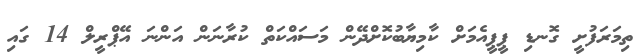
ތިމަރަފުށީ ގޮނޑި ޕީޕީއެމަށް ކާމިޔާބުކޮށްދޭން މަސައްކަތް ކުރާނަން އަންނަ އޭޕްރީލް 14 ގައި